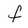
Character: f